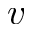
v